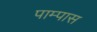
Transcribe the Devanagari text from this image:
पाम्पास